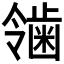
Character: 𬹴